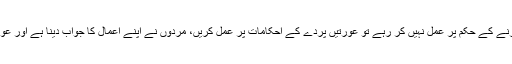
اگر مرد نگاہیں نیچے کرنے کے حکم پر عمل نہیں کر رہے تو عورتیں پردے کے احکامات پر عمل کریں، مردوں نے اپنے اعمال کا جواب دینا ہے اور عورتوں نے اپنے اعمال کا۔